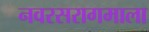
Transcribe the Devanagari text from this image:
नवरसरागमाला